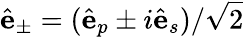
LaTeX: \hat{\mathbf e}_{\pm}=(\hat{\mathbf e}_{p}\pm i\hat{\mathbf e}_{s})/\sqrt{2}